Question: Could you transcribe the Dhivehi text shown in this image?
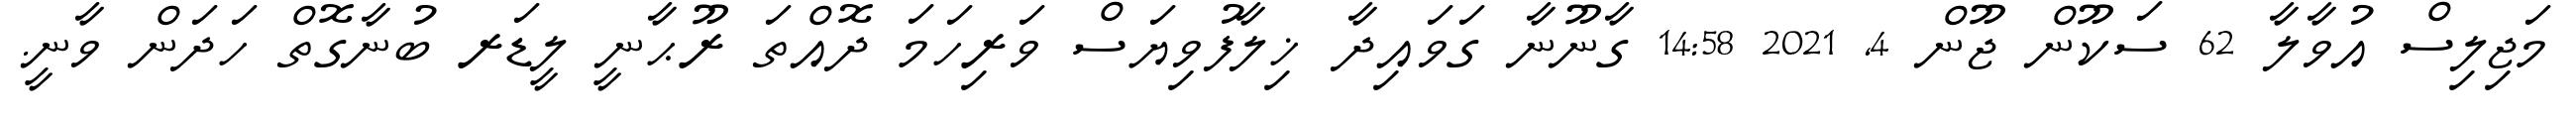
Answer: މަޖިލިސް އުވާލާ 62 ސަކޫން ޖޫން 4, 2021 14:58 ގާނޫނާ ގަވައިދާ ޚިލާފުވިޔަސް ވަރިހަމަ ދޮއްތަ ރޫޙާނީ ލީޑަރ ބުނާގޮތް ހަދަން ވާނީ.